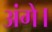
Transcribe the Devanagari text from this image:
अंगे।